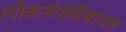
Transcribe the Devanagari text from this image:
लोकसंख्येबाबत